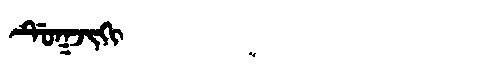
Manchu: ᡩᡠᡴᠵᡳᡴᡳ
Romanization: DUKJIKI